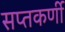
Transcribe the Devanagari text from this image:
सप्तकर्णी